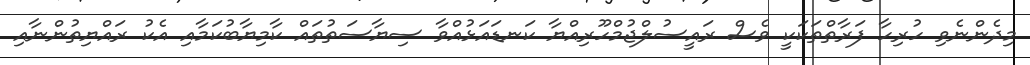
މިދެންނެވި ހުރިހާ ފަރާތްތަކަކީ ވެސް ރައީސުލްޖުމްހޫރިއްޔާ ކަނޑައަޅުއްވާ ސިޔާސަތުތައް ކާމިޔާބުކަމާއި އެކު ރައްޔިތުންނާއި